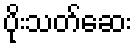
ပိုးသတ်ဆေး